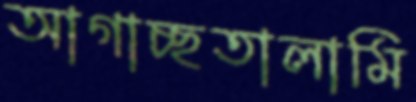
আগাচ্ছতালামি